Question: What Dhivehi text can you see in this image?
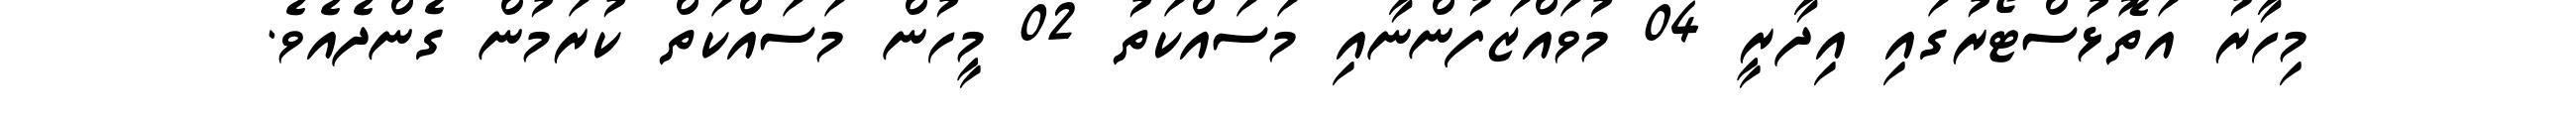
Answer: މިހާރު އަތޮޅުސްޓޯރުގައި އިދާރީ 04 މުވައްޒަފުންނާއި މަސައްކަތު 02 މީހުން މަސައްކަތް ކުރަމުން ގެންދެއެވެ.